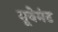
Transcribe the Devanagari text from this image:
मूवेमंट